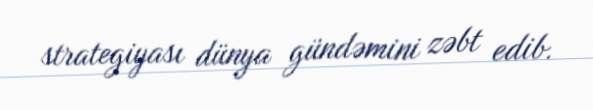
strategiyası dünya gündəmini zəbt edib.